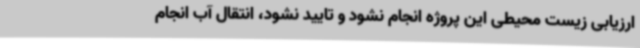
ارزیابی زیست محیطی این پروژه انجام نشود و تایید نشود، انتقال آب انجام